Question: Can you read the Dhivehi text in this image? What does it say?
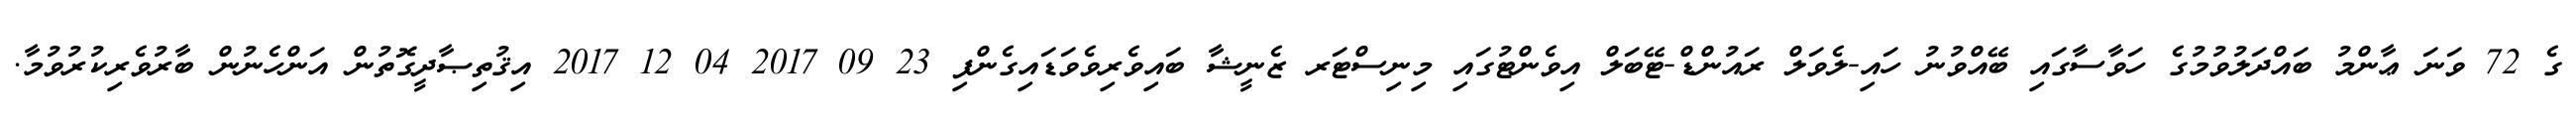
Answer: ގެ 72 ވަނަ ޢާންމު ބައްދަލުވުމުގެ ހަވާސާގައި ބޭއްވުނު ހައި-ލެވަލް ރައުންޑް-ޓޭބަލް އިވެންޓުގައި މިނިސްޓަރ ޒެނީޝާ ބައިވެރިވެވަޑައިގެންފި 23 09 2017 04 12 2017 އިޤުތިޞާދީގޮތުން އަންހެނުން ބާރުވެރިކުރުވުމާ.